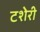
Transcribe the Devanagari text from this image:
टशेरी